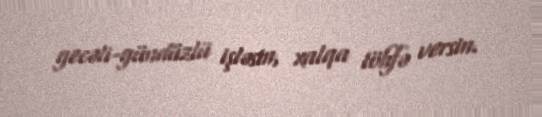
gecəli-gündüzlü işləsin, xalqa töhfə versin.